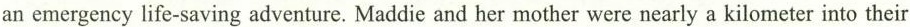
an emergency life-saving adventure. Maddie and her mother were nearly a kilometer into their